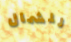
للشمال